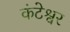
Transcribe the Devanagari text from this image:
कंटेश्वर